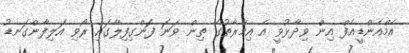
އެމްއެންޑީއެފް އިން ވިދާޅުވީ އެ އިމާރާތުގެ ތިން ވަނަ ފަންގިފިލާގައި ރޯވި އަލިފާންގަނޑު